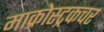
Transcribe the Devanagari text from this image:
माक्रोस्ट्रकचर